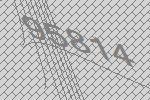
95814